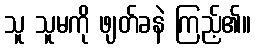
သူ သူမကို ဖျတ်ခနဲ ကြည့်၏။